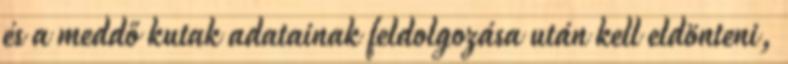
és a meddő kutak adatainak feldolgozása után kell eldönteni,